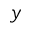
y